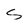
Character: s